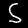
Label: 5